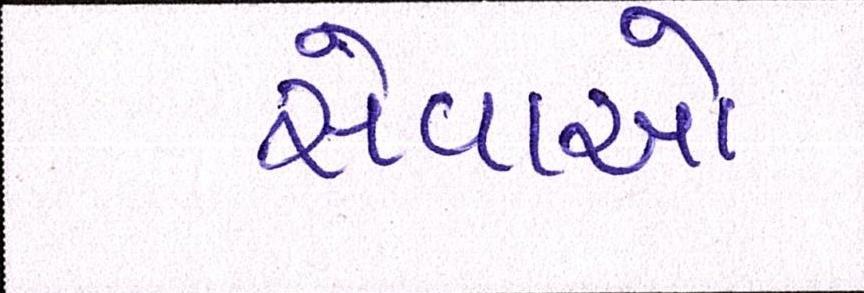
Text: સેવાઓ